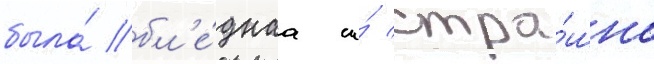
была́ бл'е́днаа и́ стра́шно